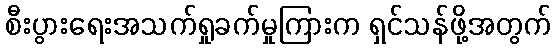
စီးပွားရေးအသက်ရှုခက်မှုကြားက ရှင်သန်ဖို့အတွက်